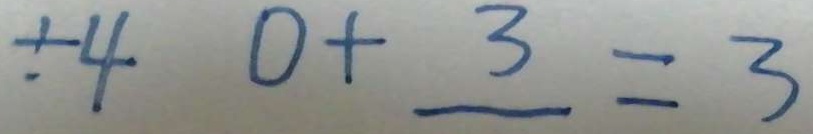
\div 4 0 + 3 = 3